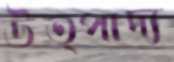
উত্পাদ্য